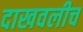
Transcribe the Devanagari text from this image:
दाखवलीच